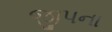
જીપના